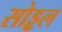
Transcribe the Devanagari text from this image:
सोड्ढल